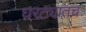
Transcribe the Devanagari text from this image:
घरट्यातच